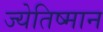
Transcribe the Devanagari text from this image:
ज्येतिष्मान